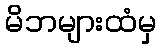
မိဘများထံမှ